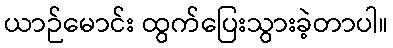
ယာဉ်မောင်း ထွက်ပြေးသွားခဲ့တာပါ။